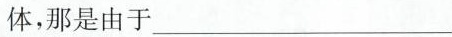
体，那是由于___